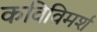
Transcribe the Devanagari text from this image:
कविविमर्श